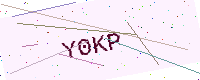
Text: Y0KP